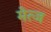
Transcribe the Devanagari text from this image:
मेत्ज